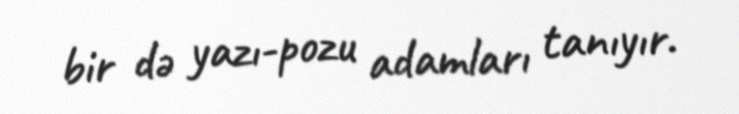
bir də yazı-pozu adamları tanıyır.